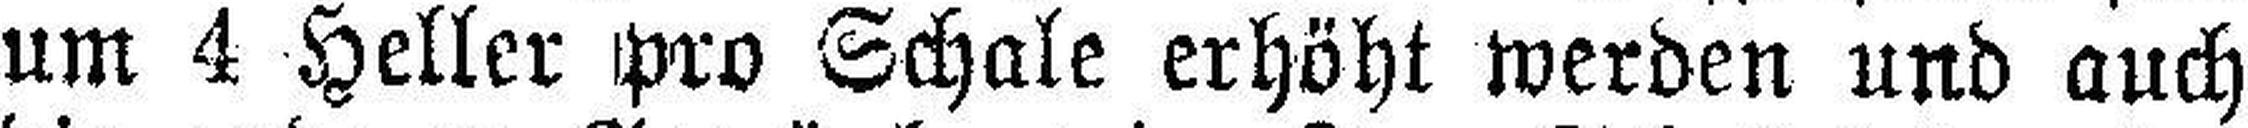
um 4 Heller pro Schale erhöht werden und auch